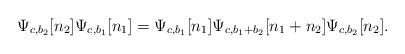
LaTeX: \begin{align*}&\Psi_{c,b_2} [n_2 ] \Psi_{c,b_1}[ n_1]=\Psi_{c,b_1}[ n_1 ] \Psi_{c,b_1+b_2}[n_1+n_2] \Psi_{c,b_2}[n_2].\end{align*}